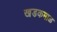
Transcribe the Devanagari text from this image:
खडकमाळ